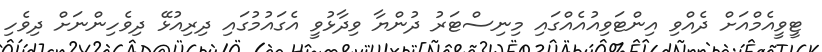
ޓީވީއެމްއަށް ދެއްވި އިންޓަވިއުއެއްގައި މިނިސްޓަރު ދުންޔާ ވިދާޅުވީ އެގައުމުގައި ދިރިއުޅޭ ދިވެހިންނަށް ދިވެހި